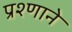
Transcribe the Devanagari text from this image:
प्रश्णाने